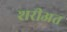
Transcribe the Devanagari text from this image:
शरीअत